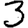
Digit: 3